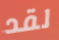
لقد